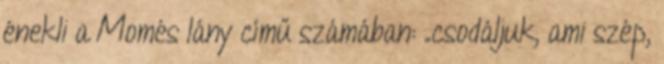
énekli a Momés lány című számában: „csodáljuk, ami szép,